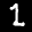
Label: 1